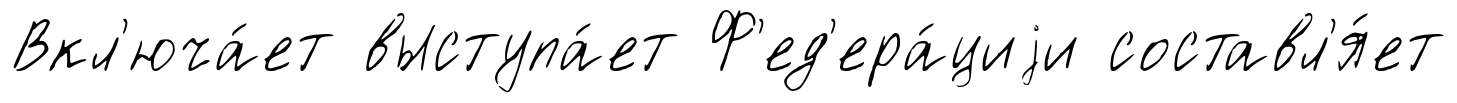
Вкл'юча́ет выступа́ет Ф'ед'ера́циjи составл'я́ет